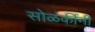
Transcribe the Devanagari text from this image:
सोळंकींनी